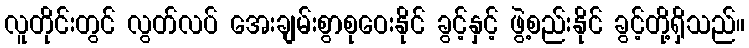
လူတိုင်းတွင် လွတ်လပ် အေးချမ်းစွာစုဝေးနိုင် ခွင့်နှင့် ဖွဲ့စည်းနိုင် ခွင့်တို့ရှိသည်။